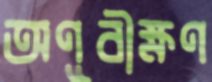
অণূবীক্ষণ